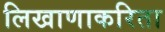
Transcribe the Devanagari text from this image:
लिखाणाकरिता